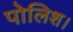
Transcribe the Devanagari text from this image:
पोलिश।